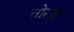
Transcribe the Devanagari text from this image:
तोराई